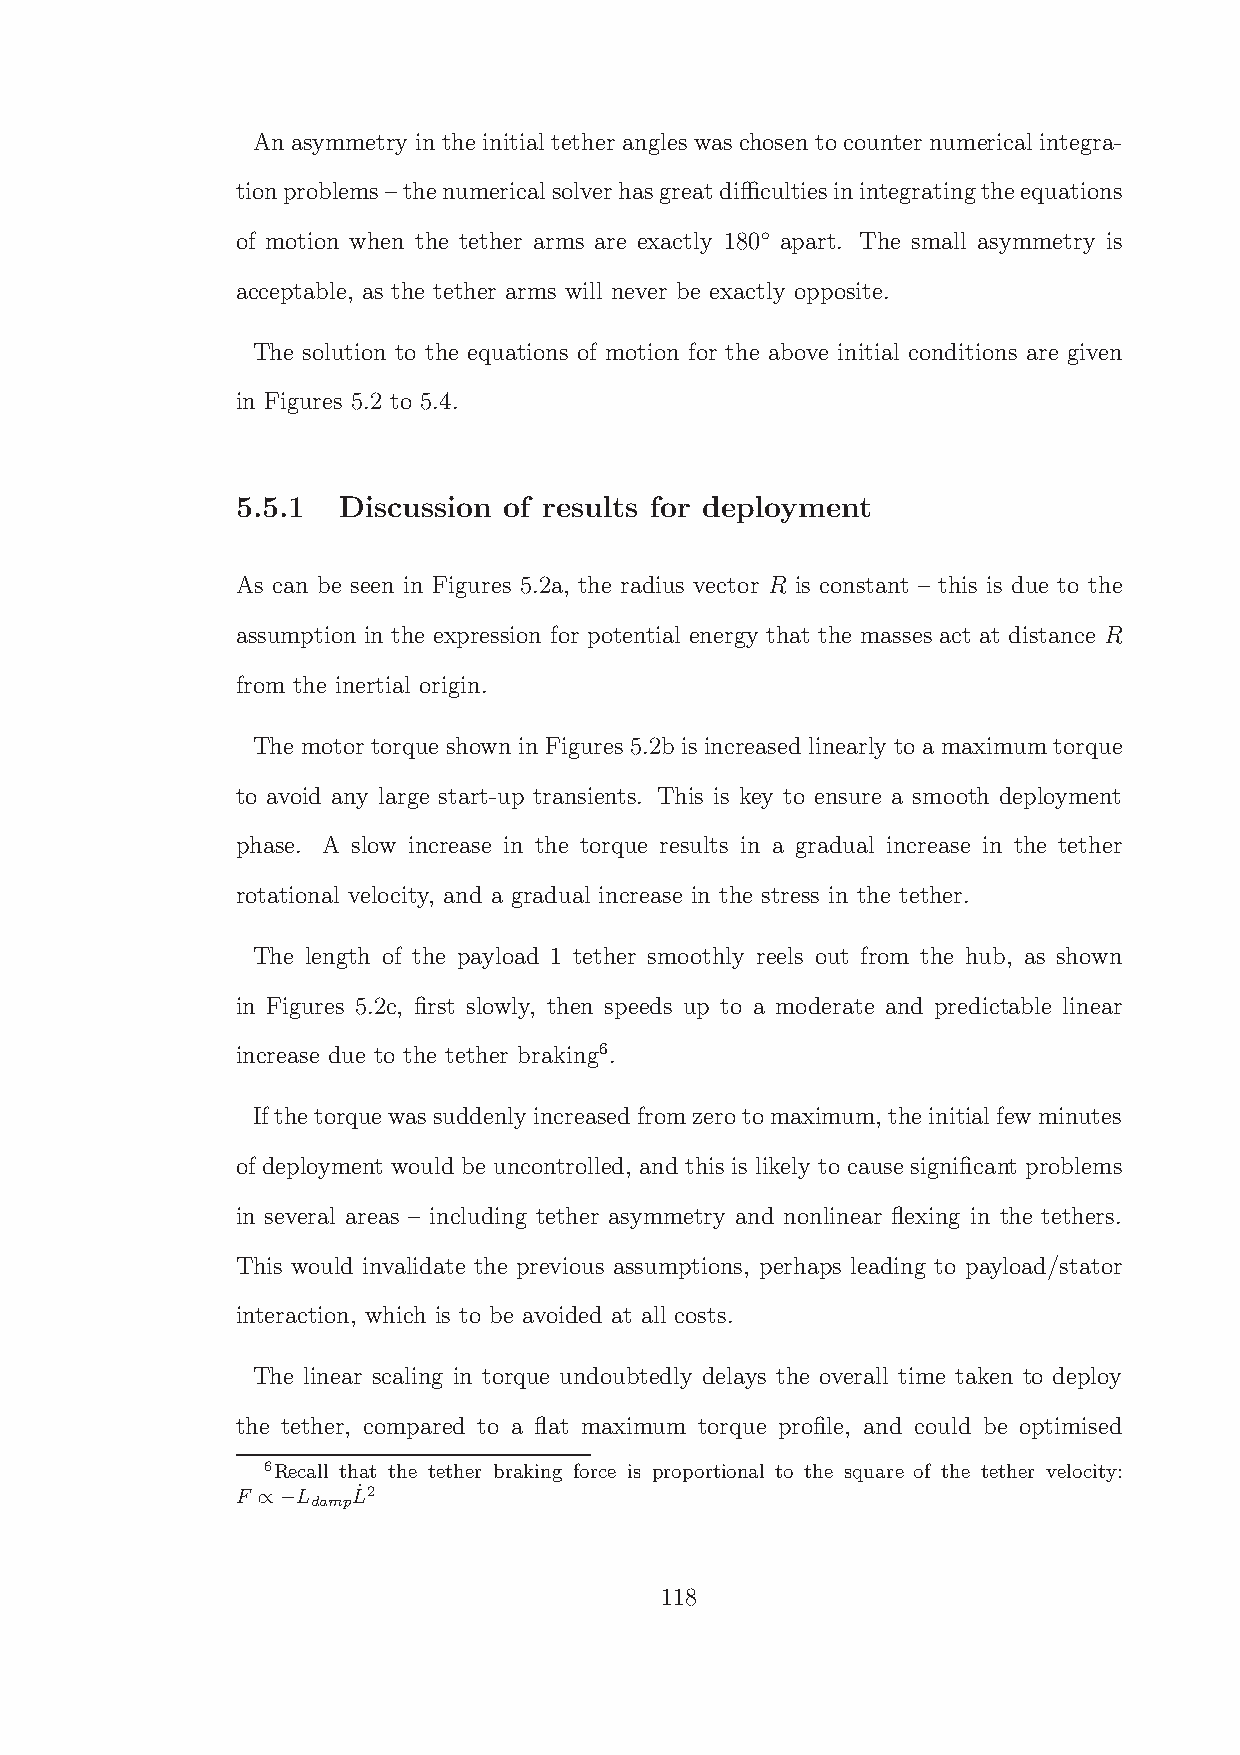
An asymmetry in the initial tether angles was chosen to counter numerical integra-
 tionproblems–thenumerical solverhasgreatdifficultiesinintegratingtheequations
 ◦
 of motion when the tether arms are exactly 180 apart. The small asymmetry is
 acceptable, as the tether arms will never be exactly opposite.
 The solution to the equations of motion for the above initial conditions are given
 in Figures 5.2 to 5.4.
 5.5.1 Discussion of results for deployment
 As can be seen in Figures 5.2a, the radius vector R is constant – this is due to the
 assumption in the expression for potential energy that the masses act at distance R
 from the inertial origin.
 The motor torque shown in Figures 5.2b is increased linearly to a maximum torque
 to avoid any large start-up transients. This is key to ensure a smooth deployment
 phase. A slow increase in the torque results in a gradual increase in the tether
 rotational velocity, and a gradual increase in the stress in the tether.
 The length of the payload 1 tether smoothly reels out from the hub, as shown
 in Figures 5.2c, first slowly, then speeds up to a moderate and predictable linear
 increase due to the tether braking6.
 Ifthetorquewassuddenly increased fromzerotomaximum, theinitialfewminutes
 of deployment would be uncontrolled, and this is likely to cause significant problems
 in several areas – including tether asymmetry and nonlinear flexing in the tethers.
 This would invalidate the previous assumptions, perhaps leading to payload/stator
 interaction, which is to be avoided at all costs.
 The linear scaling in torque undoubtedly delays the overall time taken to deploy
 the tether, compared to a flat maximum torque profile, and could be optimised
 6Recall that the tether braking force is proportional to the square of the tether velocity:
 F   L  L˙2
 damp
 ∝−
 118